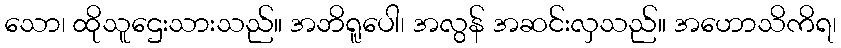
သော၊ ထိုသူဌေးသားသည်။ အဘိရူပေါ၊ အလွန် အဆင်းလှသည်။ အဟောသိကိရ၊